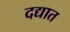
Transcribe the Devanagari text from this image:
दद्यात